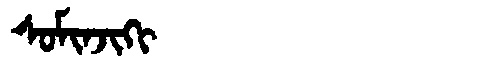
Manchu: ᠰᠣᠮᡳᠨᠵᡳᡴᡳ
Romanization: SOMINJIKI